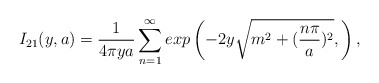
\begin{align*}I_{21}(y,a)=\frac{1}{4\pi ya}\sum_{n=1}^{\infty }exp \left( -2y\sqrt{m^{2}+(\frac{n\pi }{a})^{2}}, \right),\end{align*}